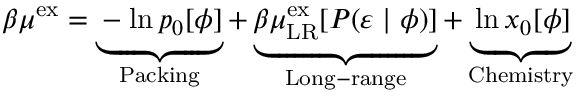
\begin{array} { r } { \beta \mu ^ { \mathrm { { e x } } } = \underbrace { - \ln p _ { 0 } [ \phi ] } _ { \mathrm { P a c k i n g } } + \underbrace { \beta \mu _ { \mathrm { { L R } } } ^ { \mathrm { e x } } [ P ( \varepsilon \; | \; \phi ) ] } _ { \mathrm { L o n g - r a n g e } } + \underbrace { \ln x _ { 0 } [ \phi ] } _ { \mathrm { C h e m i s t r y } } } \end{array}